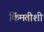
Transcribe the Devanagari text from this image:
किंमतीशी